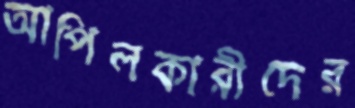
আপিলকারীদের